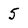
Character: 5